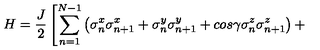
H = \frac { J } { 2 } \left[ \sum _ { n = 1 } ^ { N - 1 } \left( \sigma _ { n } ^ { x } \sigma _ { n + 1 } ^ { x } + \sigma _ { n } ^ { y } \sigma _ { n + 1 } ^ { y } + c o s \gamma \sigma _ { n } ^ { z } \sigma _ { n + 1 } ^ { z } \right) + \right.